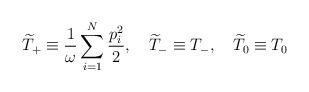
LaTeX: \begin{align*}\widetilde{T}_+\equiv\frac{1}{\omega} \sum_{i=1}^N\frac{p_{i}^{2}}{2}, \quad \widetilde{T}_-\equiv T_-, \quad \widetilde{T}_0\equiv T_0 \end{align*}